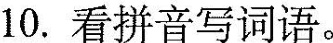
10.看拼音写词语。